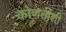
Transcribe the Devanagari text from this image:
कोणतीशी